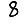
Digit: 8